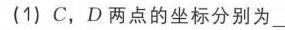
(1) \(C\)，\(D\) 两点的坐标分别为\_